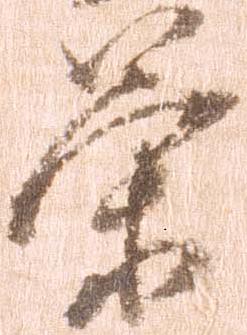
策